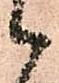
候